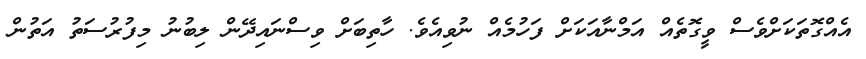
އެއްގޮތަކަށްވެސް ވީގޮތެއް އަމްނާއަކަށް ފަހުމެއް ނުވިއެވެ. ހާތިބަށް ވިސްނައިދޭން ލިބުނު މިފުރުސަތު އަތުން